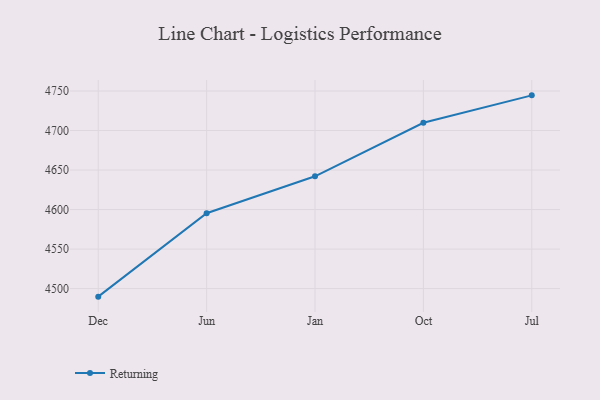
{"axis": {"x": "Month", "y": "Population (Million)"}, "legend": ["Returning"], "data": [{"x": "Dec", "y": 4489.8, "type": "Returning"}, {"x": "Jun", "y": 4595.4, "type": "Returning"}, {"x": "Jan", "y": 4642.1, "type": "Returning"}, {"x": "Oct", "y": 4709.8, "type": "Returning"}, {"x": "Jul", "y": 4744.5, "type": "Returning"}]}